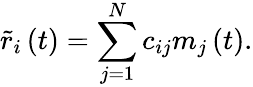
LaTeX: \tilde{r}_{i}\left(t\right)=\sum_{j=1}^{N}c_{ij}m_{j}\left(t\right).